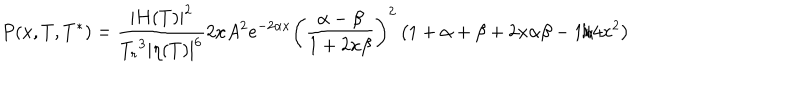
LaTeX: { P ( x , T , T ^ { * } ) = { \frac { { \mid H ( T ) \mid } ^ { 2 } } { { T _ { r } } ^ { 3 } { \mid \eta ( T ) \mid } ^ { 6 } } } 2 x A ^ { 2 } e ^ { - 2 \alpha x } { \left( { \frac { \alpha - \beta } { 1 + 2 x \beta } } \right) } ^ { 2 } \left( 1 + \alpha + \beta + 2 x \alpha \beta - { 1 / { 4 x ^ { 2 } } } \right) }